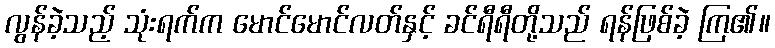
လွန်ခဲ့သည့် သုံးရက်က မောင်မောင်လတ်နှင့် ခင်ရီရီတို့သည် ရန်ဖြစ်ခဲ့ ကြ၏။